Calcutta medical institutions reports 1879-81 [i.e.91]
Year: 1879
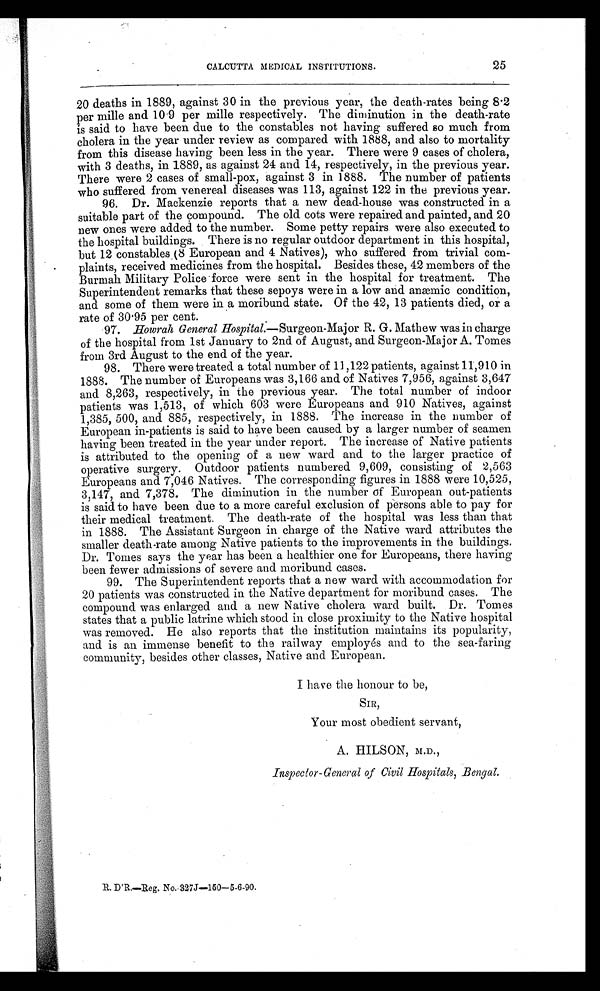
CALCUTTA MEDICAL INSTITUTIONS.
25
20 deaths in 1889, against 30 in the previous year, the death-rates being 8.2
per mille and 10.9 per mille respectively. The diminution in the death-rate
is said to have been due to the constables not having suffered so much from
cholera in the year under review as compared with 1888, and also to mortality
from this disease having been less in the year. There were 9 cases of cholera,
with 3 deaths, in 1889, as against 24 and 14, respectively, in the previous year.
There were 2 cases of small-pox, against 3 in 1888. The number of patients
who suffered from venereal diseases was 113, against 122 in the previous year.
96. Dr. Mackenzie reports that a new dead-house was constructed in a
suitable part of the compound. The old cots were repaired and painted, and 20
new ones were added to the number. Some petty repairs were also executed to
the hospital buildings. There is no regular outdoor department in this hospital,
but 12 constables (8 European and 4 Natives), who suffered from trivial com-
plaints, received medicines from the hospital. Besides these, 42 members of the
Burmah Military Police force were sent in the hospital for treatment. The
Superintendent remarks that these sepoys were in a low and anæmic condition,
and some of them were in a moribund state. Of the 42, 13 patients died, or a
rate of 30.95 per cent.
97. Howrah General Hospital.—Surgeon-Maj or R. G. Mathew was in charge
of the hospital from 1st January to 2nd of August, and Surgeon-Major A. Tomes
from 3rd August to the end of the year.
98. There were treated a total number of 11,122 patients, against 11,910 in
1888. The number of Europeans was 3,166 and of Natives 7,956, against 3,647
and 8,263, respectively, in the previous year. The total number of indoor
patients was 1,513, of which 603 were Europeans and 910 Natives, against
1,385, 500, and 885, respectively, in 1888. The increase in the number of
European in-patients is said to have been caused by a larger number of seamen
having been treated in the year under report. The increase of Native patients
is attributed to the opening of a new ward and to the larger practice of
operative surgery. Outdoor patients numbered 9,609, consisting of 2,563
Europeans and 7,046 Natives. The corresponding figures in 1888 were 10,525,
3,147, and 7,378. The diminution in the number of European out-patients
is said to have been due to a more careful exclusion of persons able to pay for
their medical treatment. The death-rate of the hospital was less than that
in 1888. The Assistant Surgeon in charge of the Native ward attributes the
smaller death-rate among Native patients to the improvements in the buildings.
Dr. Tomes says the year has been a healthier one for Europeans, there having
been fewer admissions of severe and moribund cases.
99. The Superintendent reports that a new ward with accommodation for
20 patients was constructed in the Native department for moribund cases. The
compound was enlarged and a new Native cholera ward built. Dr. Tomes
states that a public latrine which stood in close proximity to the Native hospital
was removed. He also reports that the institution maintains its popularity,
and is an immense benefit to the railway employés and to the sea-faring
community, besides other classes, Native and European.
I have the honour to be,
SIR,
Your most obedient servant,
A. HILSON, M.D.,
Inspector-General of Civil Hospitals, Bengal.
•
R. D'R.—Reg. No. 327J—150—5-6-90.